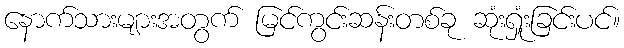
နောက်သားများအတွက် မြင်ကွင်းဆန်းတစ်ခု ဆုံးရှုံးခြင်းပင်။